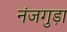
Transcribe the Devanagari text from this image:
नंजगुड़ा